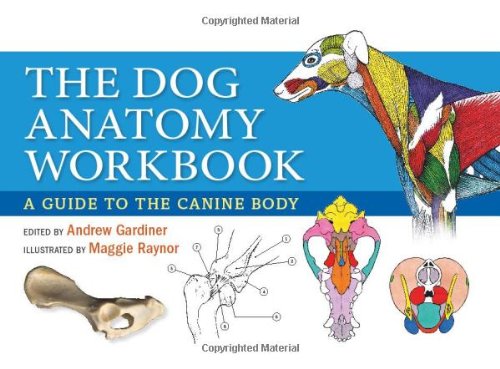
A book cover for The Dog Anatomy Workbook: A Learning Aid for Students; Andrew Gardiner; Medical Books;